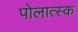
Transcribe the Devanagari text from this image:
पोलात्स्क